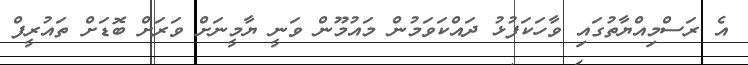
އެ ރަސްމިއްޔާތުގައި ވާހަކަފުޅު ދައްކަވަމުން މައުމޫން ވަނީ ޔާމީނަށް ވަރަށް ބޮޑަށް ތައުރީފް